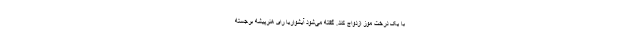
با یک درخت موز ازدواج کند. گفته می‌شود آیشواریا رای هنرپیشه برجسته